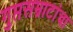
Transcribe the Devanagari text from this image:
गुप्तसम्राटांचा